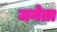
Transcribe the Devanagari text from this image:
जनेता